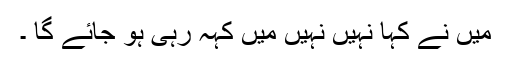
میں نے کہا نہیں نہیں میں کہہ رہی ہو جائے گا ۔